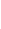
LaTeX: \! \! \! \! \! \! \! \! \! \! \! \Phi\! \! \! \! \! \! \! \! \! \! \! \! (p\! \! \! \! \! \! \! \! \! \! \! \! _{\! }\! \! \! \! \! \! \! \! \! \! \! 0\! \! \! \! \! \! \! \! \! \! \! \! )\! \! \! \! \! \! \! \! \! \! \! \! =\! \! \! \! \! \! \! \! \! \! \! \! \Psi\! \! \! \! \! \! \! \! \! \! \! \! (p\! \! \! \! \! \! \! \! \! \! \! \! _{\! }\! \! \! \! \! \! \! \! \! \! \! 0\! \! \! \! \! \! \! \! \! \! \! \! )\! \! \! \! \! \! \! \! \! \! \! \! =\! \! \! \! \! \! \! \! \! \! \! \! \mathbf{x}\! \! \! \! \! \! \! \! \! \! \! \! _{\! }\! \! \! \! \! \! \! \! \! \! \! 0\! \! \! \! \! \! \! \! \! \! \!